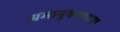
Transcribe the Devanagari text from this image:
अमानुषपणाचा